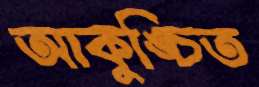
আকুঙ্চিত